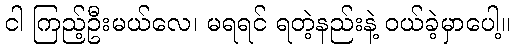
ငါ ကြည့်ဦးမယ်လေ၊ မရရင် ရတဲ့နည်းနဲ့ ဝယ်ခဲ့မှာပေါ့။